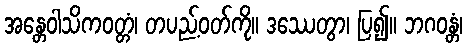
အန္တေဝါသိကဝတ္တံ၊ တပည့်ဝတ်ကို။ ဒဿေတွာ၊ ပြ၍။ ဘဂဝန္တံ၊